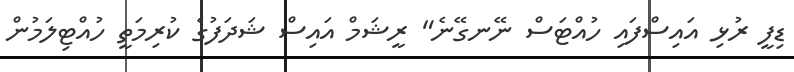
ޑިފީ ރުޅި އައިސްފައި ހުއްޓަސް ނޭނގޭނެ" ރީޝަމް އައިސް ޝަދަފުގެ ކުރިމަތީ ހުއްޓިލަމުން